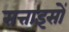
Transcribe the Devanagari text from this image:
सत्ताइसों